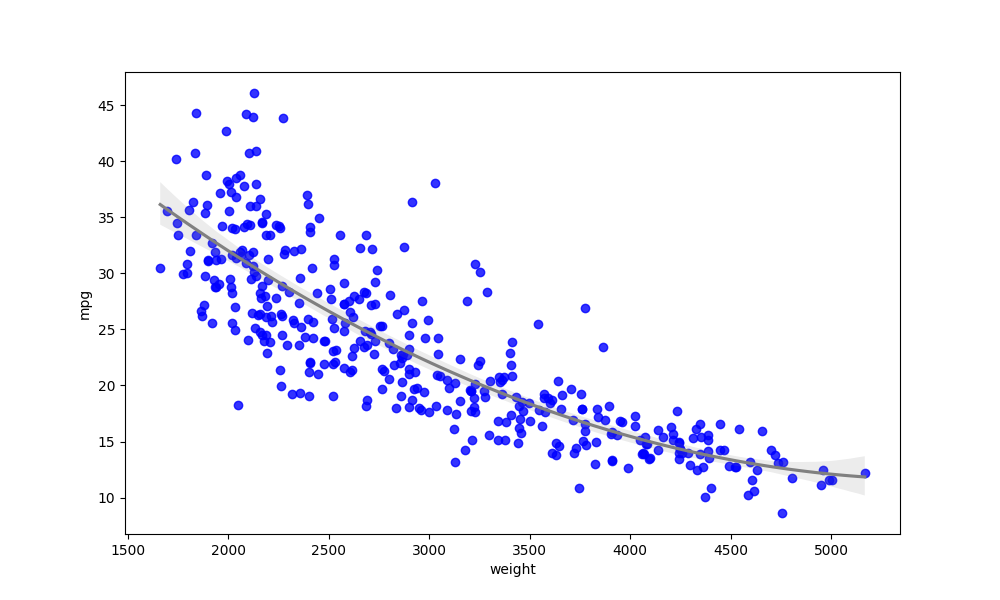
python, seaborn, regplot, order=3, ci=95, scatter_color=blue, line_color=gray